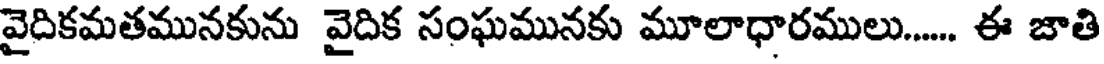
వైదికమతమునకును వైదిక సంఘమునకు మూలాధారములు..... ఈ జాతి